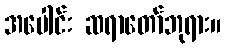
အပေါင်း ဆရာတော်ဘုရား။